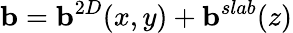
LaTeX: \mathbf{b}=\mathbf{b}^{2D}(x,y)+\mathbf{b}^{slab}(z)